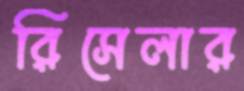
রিসেলার